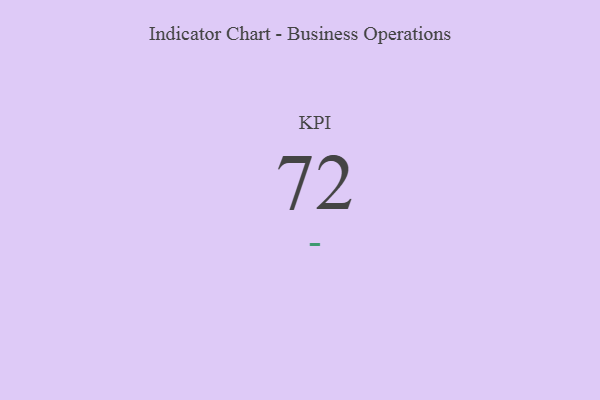
{"axis": {"x": "KPI", "y": "Value"}, "legend": [""], "data": [{"x": "KPI", "y": 72, "type": ""}]}